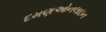
દમણઓનલાઇન